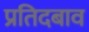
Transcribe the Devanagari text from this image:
प्रतिदबाव